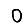
Digit: 0